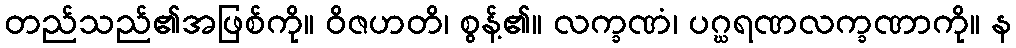
တည်သည်၏အဖြစ်ကို။ ဝိဇဟတိ၊ စွန့်၏။ လက္ခဏံ၊ ပဂ္ဃရဏလက္ခဏာကို။ န